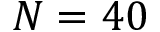
N = 4 0